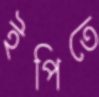
ইপিতে